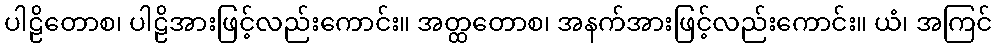
ပါဠိတောစ၊ ပါဠိအားဖြင့်လည်းကောင်း။ အတ္ထတောစ၊ အနက်အားဖြင့်လည်းကောင်း။ ယံ၊ အကြင်